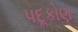
પદૂકોણ